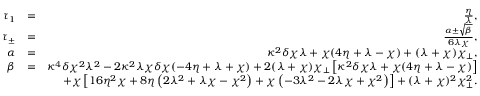
\begin{array} { r l r } { \tau _ { 1 } } & { = } & { \frac { \eta } { \lambda } , } \\ { \tau _ { \pm } } & { = } & { \frac { \alpha \pm \sqrt { \beta } } { 6 \lambda \chi } , } \\ { \alpha } & { = } & { \kappa ^ { 2 } \delta \chi \lambda + \chi ( 4 \eta + \lambda - \chi ) + ( \lambda + \chi ) \chi _ { \perp } , } \\ { \beta } & { = } & { \kappa ^ { 4 } \delta \chi ^ { 2 } \lambda ^ { 2 } - 2 \kappa ^ { 2 } \lambda \chi \delta \chi ( - 4 \eta + \lambda + \chi ) + 2 ( \lambda + \chi ) \chi _ { \perp } \left[ \kappa ^ { 2 } \delta \chi \lambda + \chi ( 4 \eta + \lambda - \chi ) \right] } \\ & { } & { + \chi \left[ 1 6 \eta ^ { 2 } \chi + 8 \eta \left( 2 \lambda ^ { 2 } + \lambda \chi - \chi ^ { 2 } \right) + \chi \left( - 3 \lambda ^ { 2 } - 2 \lambda \chi + \chi ^ { 2 } \right) \right] + ( \lambda + \chi ) ^ { 2 } \chi _ { \perp } ^ { 2 } . } \end{array}